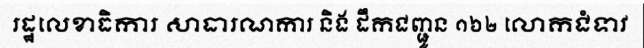
រដ្ឋលេខាធិការ សាធារណការ និង ដឹកជញ្ជូន ១៦២ លោកជំទាវ